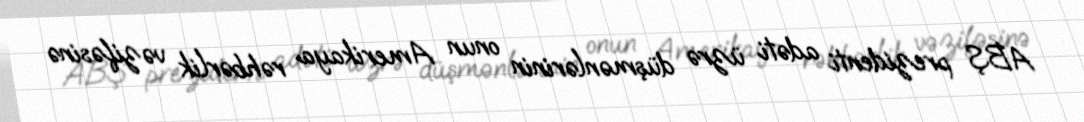
ABŞ prezidenti adəti üzrə düşmənlərinin onun Amerikaya rəhbərlik vəzifəsinə